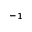
^ { - 1 }